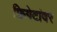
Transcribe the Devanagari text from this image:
फ्रिगेटांवर